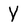
Character: Y